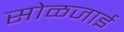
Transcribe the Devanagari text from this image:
सोळजाई